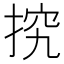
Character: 𢭕